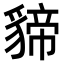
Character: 𮙫